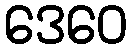
ဒေဝေ